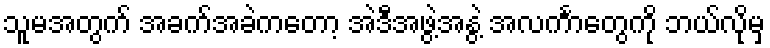
သူမအတွက် အခက်အခဲကတော့ အဲဒီအဖွဲ့အနွဲ့ အလင်္ကာတွေကို ဘယ်လိုမှ